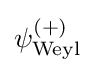
\psi _{\text{Weyl}}^{(+)}